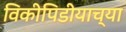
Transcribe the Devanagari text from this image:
विकीपिडीयाच्या